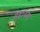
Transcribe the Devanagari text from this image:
महानद्दा